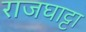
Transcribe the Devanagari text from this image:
राजघाट्टा